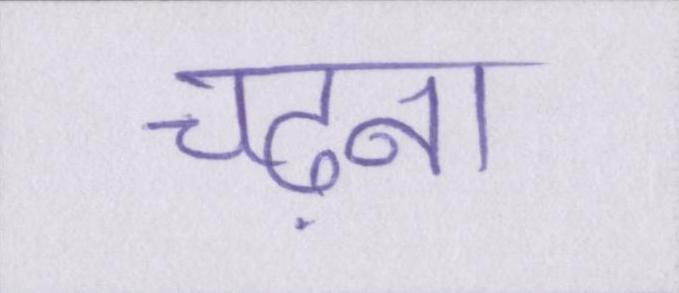
चढ़ना